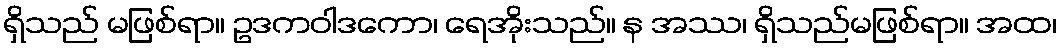
ရှိသည် မဖြစ်ရာ။ ဥဒကဝါဒကော၊ ရေအိုးသည်။ န အဿ၊ ရှိသည်မဖြစ်ရာ။ အထ၊